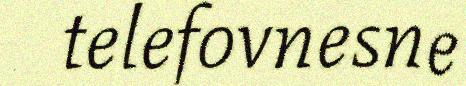
telefovnesne